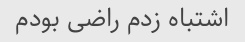
اشتباه زدم راضی بودم